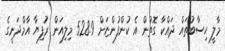
މާލީ ހިސާބުތައް ދައްކާ ގޮތުން އެ ކުންފުންޏަށް 528.9 މިލިއަން ރުފިޔާ އާމްދަނީގެ